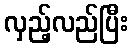
လှည့်လည်ပြီး